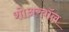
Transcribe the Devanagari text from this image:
शोअरवॉल